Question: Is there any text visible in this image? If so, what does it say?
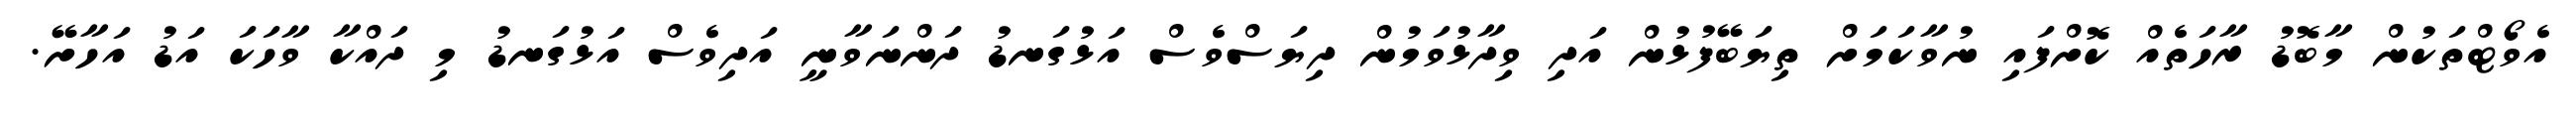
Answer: އެވޯޓްތަކުން މާބޮޑު ރާހަތެއް ކޮށްފައި ނުވާކަމަށް ތިޔަބޭފުޅުން އަދި ވިދާޅުވަމުން ދިޔަސްވެސް އަޅުގަނޑު ދަންނަވާނީ އަދިވެސް އަޅުގަނޑު މި ދައްކާ ވާހަކަ އަޑު އަހާށޭ.